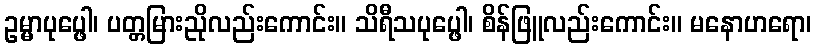
ဥမ္မာပုပ္ဖေါ၊ ပတ္တမြားညိုလည်းကောင်း။ သိရီသပုပ္ဖေါ၊ စိန်ဖြူလည်းကောင်း။ မနောဟရော၊